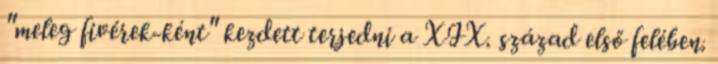
"meleg fivérek-ként" kezdett terjedni a XIX. század első felében.